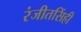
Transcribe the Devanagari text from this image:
रंजीतसिंही